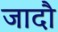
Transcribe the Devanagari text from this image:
जादौ